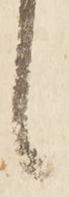
候